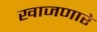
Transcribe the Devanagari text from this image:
खाजणारे